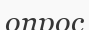
опрос